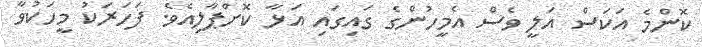
ކޮންމެ އަކަސް އަލީ ވެސް އެމީހުންގެ ގައިގައި އަޅާ ކޮށްޕާލިއެވެ. ފަހަރަކު މީހަކުވާ